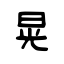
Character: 晃